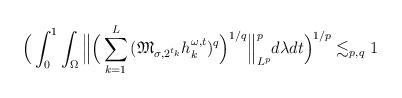
LaTeX: \begin{align*}\Big(\int_{0}^1{\int_{\Omega}{\Big\Vert \Big( \sum_{k=1}^{L}{(\mathfrak{M}_{{\sigma},2^{t_k}}h_{k}^{\omega,t})^q} \Big)^{{1}/{q}} \Big\Vert_{L^p}^p }d\lambda}dt\Big)^{{1}/{p}}\lesssim_{p,q} 1\end{align*}